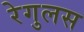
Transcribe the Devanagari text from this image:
रेगुलस